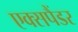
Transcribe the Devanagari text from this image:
एक्सपैंडर